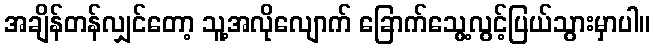
အချိန်တန်လျှင်တော့ သူ့အလိုလျောက် ခြောက်သွေ့လွင့်ပြယ်သွားမှာပါ။